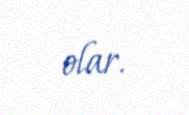
olar.